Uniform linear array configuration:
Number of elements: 64
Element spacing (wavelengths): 1
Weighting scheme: binomial
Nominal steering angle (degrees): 45
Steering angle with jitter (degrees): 43.161
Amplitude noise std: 0.05
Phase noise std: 0.05

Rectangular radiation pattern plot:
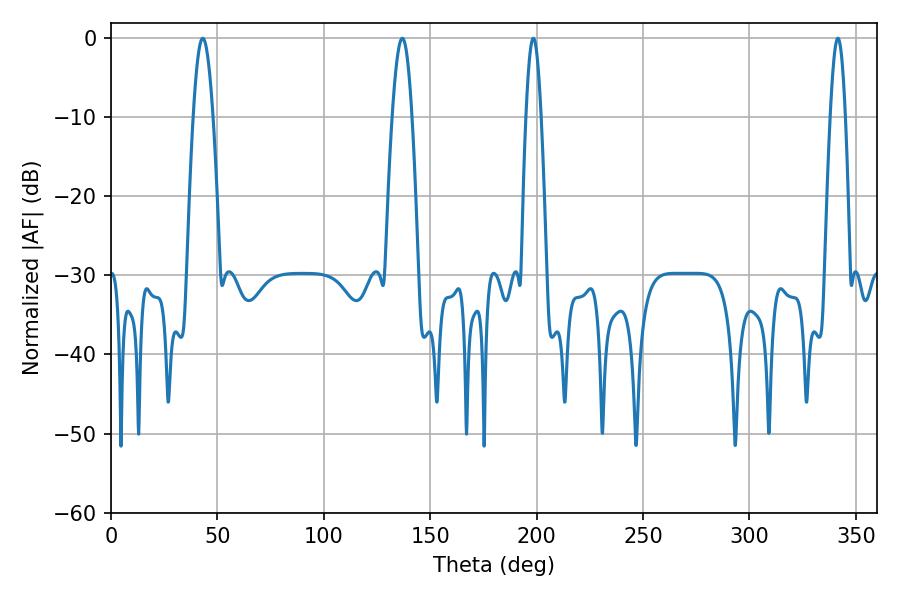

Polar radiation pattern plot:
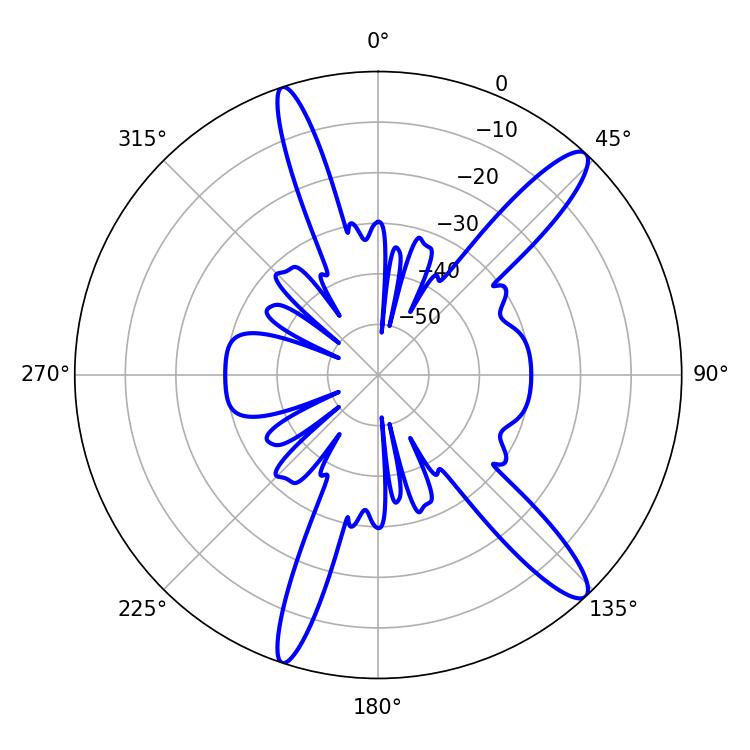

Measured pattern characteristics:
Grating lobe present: TRUE
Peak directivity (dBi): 13.73
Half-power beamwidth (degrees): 5.04
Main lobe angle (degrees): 136.8